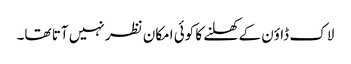
لاک ڈاؤن کے کھلنے کا کوئی امکان نظر نہیں آتا تھا۔